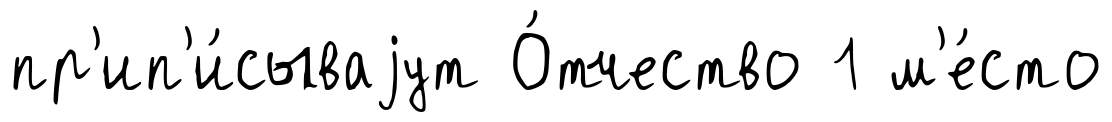
пр'ип'и́сываjут О́тчество 1 м'е́сто